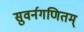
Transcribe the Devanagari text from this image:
सुवर्नगणितम्